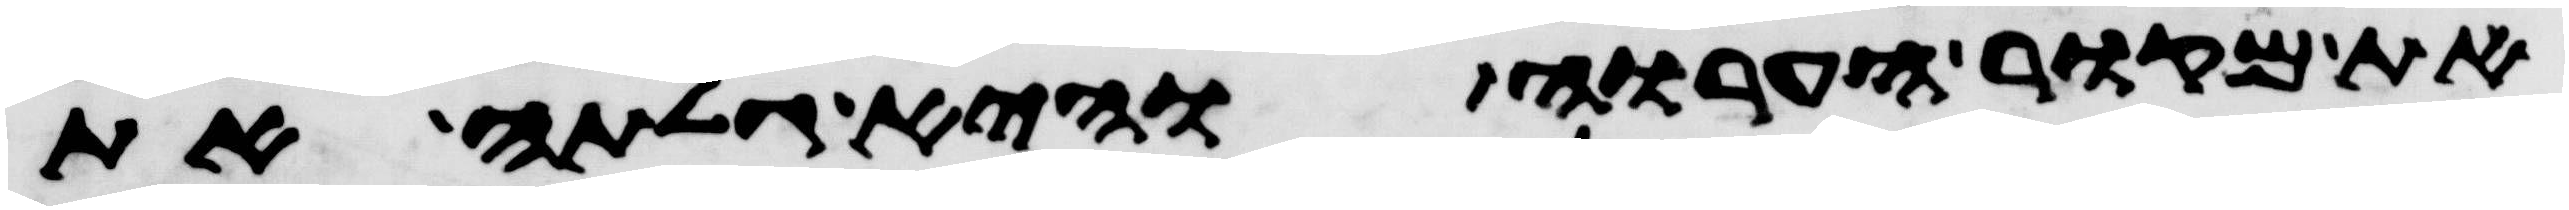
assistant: את מקור הערוה והיא גלתה את